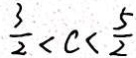
\frac { 3 } { 2 } < c < \frac { 5 } { 2 }